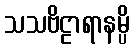
သသဗိဠာရာနမ္ပိ